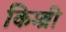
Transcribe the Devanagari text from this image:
किम्ब्री